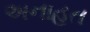
અનાહત